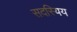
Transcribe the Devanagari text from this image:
सदस्यिय